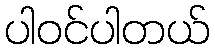
ပါဝင်ပါတယ်